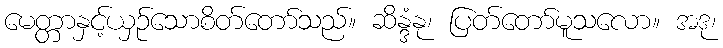
မေတ္တာနှင့်ယှဉ်သောစိတ်တော်သည်။ ဆိန္ဒံနု၊ ပြတ်တော်မူသလော။ အဒု၊